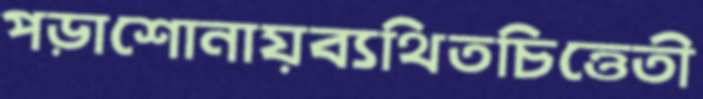
পড়াশোনায়ব্যথিতচিত্তেতী